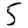
Digit: 5